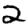
Digit: 2